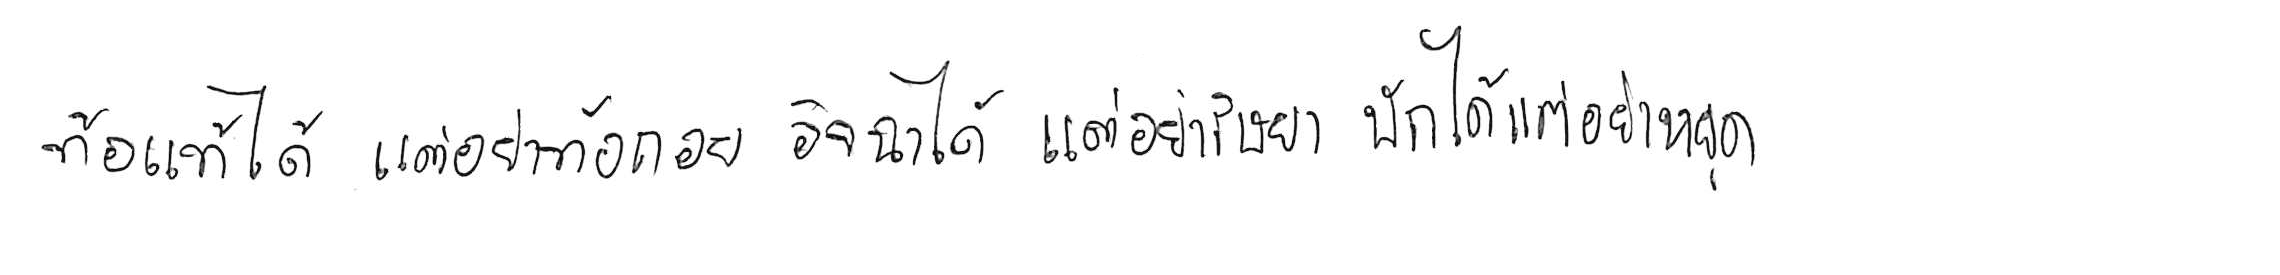
ท้อแท้ได้ แต่อย่าท้อถอย อิจฉาได้ แต่อย่าริษยา พักได้ แต่อย่าหยุด